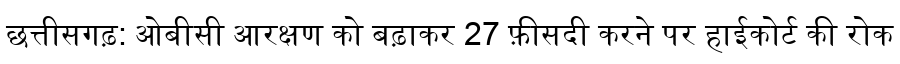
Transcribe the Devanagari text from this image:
छत्तीसगढ़: ओबीसी आरक्षण को बढ़ाकर 27 फ़ीसदी करने पर हाईकोर्ट की रोक